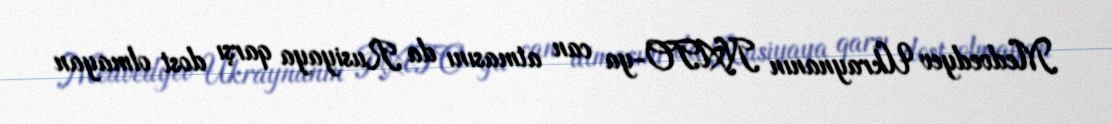
Medvedyev Ukraynanın NATO-ya can atmasını da Rusiyaya qarşı dost olmayan